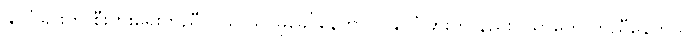
နိုင်ငံခြားက စီးပွားရေးကူညီတယ် သာဓုခေါ်နေတာပဲ၊ နိုင်ငံခြားက နည်းပညာတွေ ကူညီနေတယ်